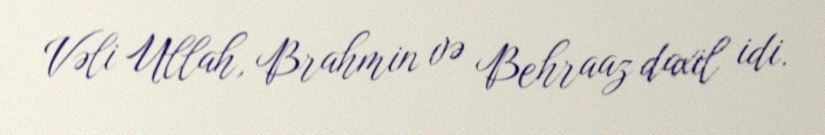
Vəli Ullah, Brahmin və Behraaz daxil idi.